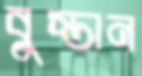
বুস্তান